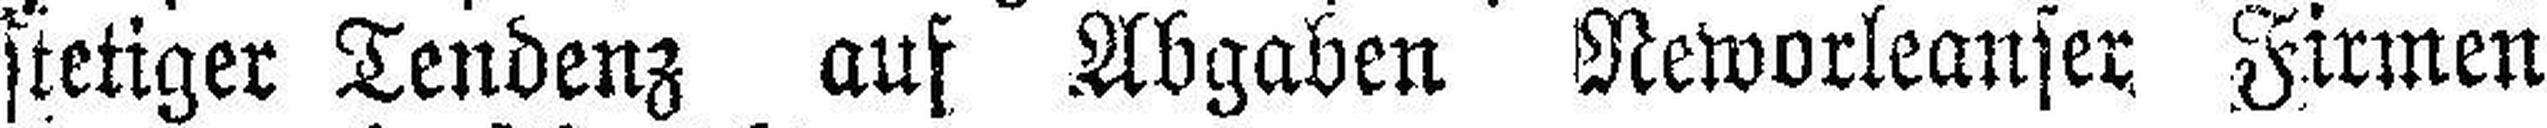
stetiger Tendenz aus Abgaben Neworleanser. Firmen